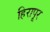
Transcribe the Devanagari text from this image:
हिरापूर